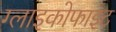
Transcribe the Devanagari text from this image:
ग्लाइकोफाइट